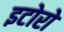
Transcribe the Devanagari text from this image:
इटोरो